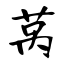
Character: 莴